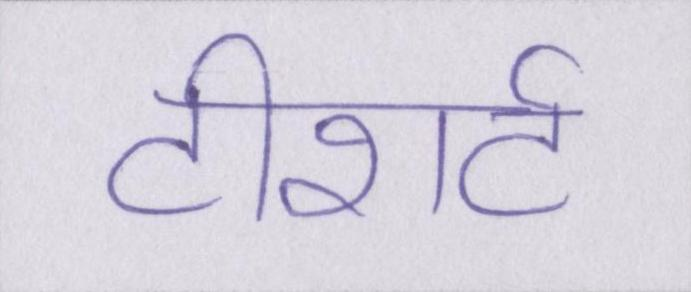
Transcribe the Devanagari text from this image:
टीशर्ट